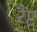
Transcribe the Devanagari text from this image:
रैप्ट